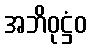
အဘိဝုဋ္ဌံဝ